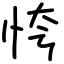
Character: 恗